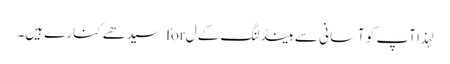
لہذا آپ کو آسانی سے ہینڈلنگ کے ل for سیدھے کنارے ہیں۔